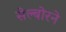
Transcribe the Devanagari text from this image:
सेल्बोरने